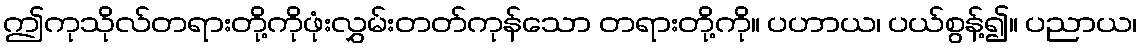
ဤကုသိုလ်တရားတို့ကိုဖုံးလွှမ်းတတ်ကုန်သော တရားတို့ကို။ ပဟာယ၊ ပယ်စွန့်၍။ ပညာယ၊